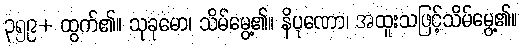
၃၅၉+ ထွက်၏။ သုခုမော၊ သိမ်မွေ့၏။ နိပုဏော၊ အထူးသဖြင့်သိမ်မွေ့၏။